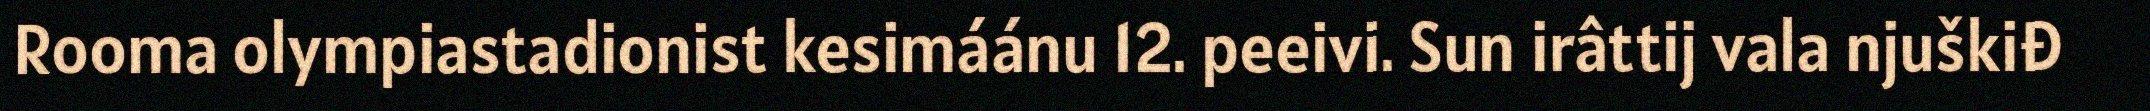
Rooma olympiastadionist kesimáánu 12. peeivi. Sun irâttij vala njuškiđ